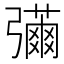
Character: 𢐳